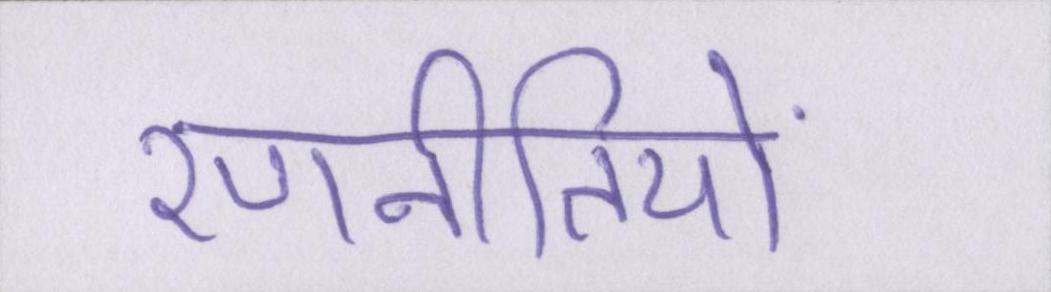
रणनीतियों